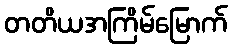
တတိယအကြိမ်မြောက်